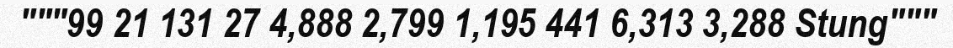
"""99 21 131 27 4,888 2,799 1,195 441 6,313 3,288 Stung"""